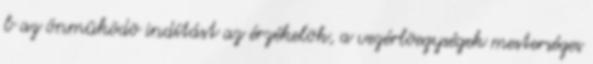
b az önmûködõ indítást az érzékelõk, a vezérlõegységek mesterséges